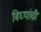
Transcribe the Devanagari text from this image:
बिघ्यांची